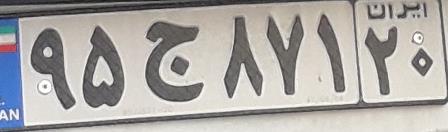
۹۵ج۸۷۱۲۰